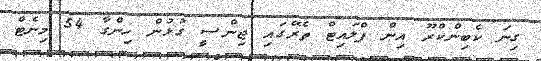
ގިނަ ކެބިންކްރޫ އިން ފްލައިޓް ތެރޭގައި ޖިންސީ ގުޅުން ހިންގާ 54 މިނެޓް